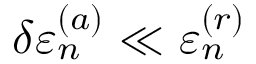
\delta \varepsilon _ { n } ^ { ( a ) } \ll \varepsilon _ { n } ^ { ( r ) }